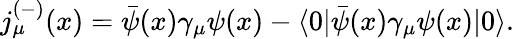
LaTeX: j_{\mu}^{(-)}(x)=\bar{\psi}(x)\gamma_{\mu}\psi(x)-\langle 0|\bar{\psi}(x)\gamma_{\mu}\psi(x)|0\rangle.